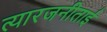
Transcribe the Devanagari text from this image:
त्यारजनीताई